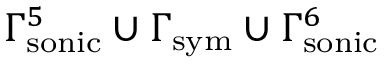
\Gamma _ { \mathrm { s o n i c } } ^ { 5 } \cup \Gamma _ { \mathrm { s y m } } \cup \Gamma _ { \mathrm { s o n i c } } ^ { 6 }